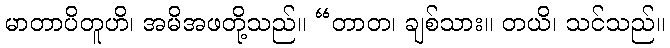
မာတာပိတူဟိ၊ အမိအဖတို့သည်။ “တာတ၊ ချစ်သား။ တယိ၊ သင်သည်။